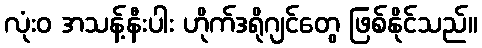
လုံးဝ အသန့်နီးပါး ဟိုက်ဒရိုဂျင်တွေ ဖြစ်နိုင်သည်။